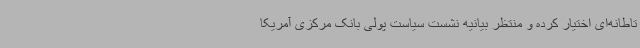
تاطانه‌ای اختیار کرده و منتظر بیانیه نشست سیاست پولی بانک مرکزی آمریکا